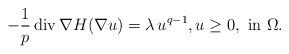
LaTeX: \begin{align*}-\frac{1}{p}\,\mathrm{div\,} \nabla H(\nabla u)=\lambda\, u^{q-1},u\ge 0,\mbox{ in }\Omega.\end{align*}